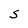
Character: S